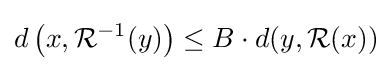
d\left(x,{\mathcal {R}}^{-1}(y)\right)\leq B\cdot d(y,{\mathcal {R}}(x))